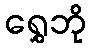
ရွှေဘို